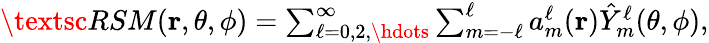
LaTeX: \begin{array}{r}{\textsc{RSM}(\mathbf{r},\theta,\phi)=\sum_{\ell=0,2,\hdots}^{\infty}\sum_{m=-\ell}^{\ell}a_{m}^{\ell}(\mathbf{r})\hat{Y}_{m}^{\ell}(\theta,\phi),}\end{array}